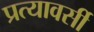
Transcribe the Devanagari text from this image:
प्रत्यावर्सी